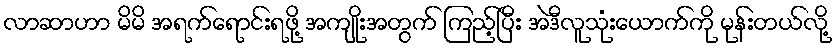
လာဆာဟာ မိမိ အရက်ရောင်းရဖို့ အကျိုးအတွက် ကြည့်ပြီး အဲဒီလူသုံးယောက်ကို မုန်းတယ်လို့